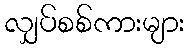
လျှပ်စစ်ကားများ